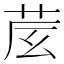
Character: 𦮈